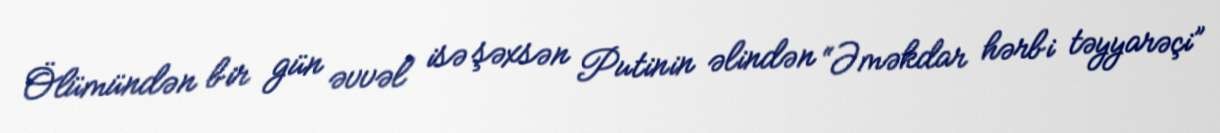
Ölümündən bir gün əvvəl isə şəxsən Putinin əlindən “Əməkdar hərbi təyyarəçi”